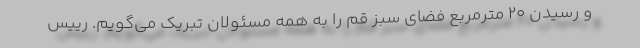
و رسیدن ۲۰ مترمربع فضای سبز قم را به همه مسئولان تبریک می‌گویم. رییس